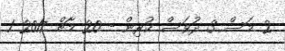
2 މަސް 3 ދުވަސް ކުރިން - 20 މާޗް 2017 1